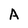
Character: A